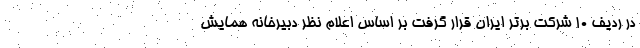
در ردیف 10 شرکت برتر ایران قرار گرفت بر اساس اعلام نظر دبیرخانه همایش